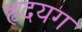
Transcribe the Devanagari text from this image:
हृदयग